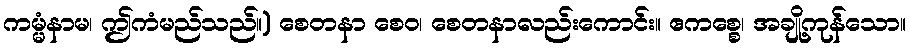
ကမ္မံနာမ၊ ဤကံမည်သည်။) စေတနာ စေဝ၊ စေတနာလည်းကောင်း။ ဧကစ္စေ၊ အချို့ကုန်သော။